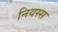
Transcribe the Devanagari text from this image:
नियस्स